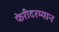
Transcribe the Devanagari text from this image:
फेरीदरम्यान